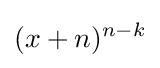
(x+n)^{n-k}